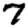
Digit: 7